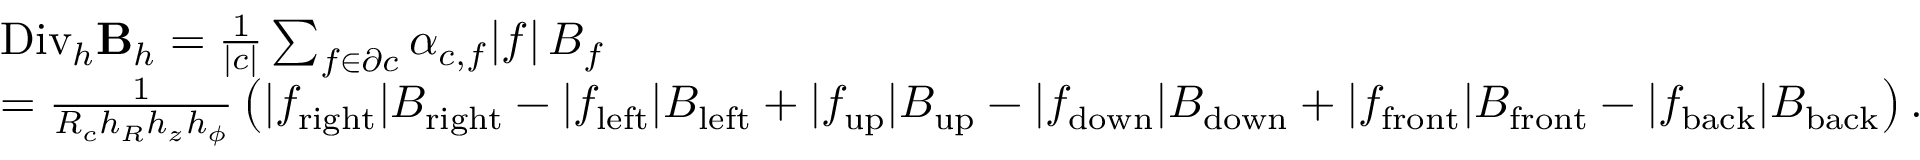
\begin{array} { r l } & { { \mathrm { D i v } _ { h } } \mathbf { B } _ { h } = \frac { 1 } { | c | } \sum _ { f \in \partial c } \alpha _ { c , f } | f | \, B _ { f } } \\ & { = \frac { 1 } { R _ { c } h _ { R } h _ { z } h _ { \phi } } \left( | f _ { \mathrm { r i g h t } } | B _ { \mathrm { r i g h t } } - | f _ { \mathrm { l e f t } } | B _ { \mathrm { l e f t } } + | f _ { \mathrm { u p } } | B _ { \mathrm { u p } } - | f _ { \mathrm { d o w n } } | B _ { \mathrm { d o w n } } + | f _ { \mathrm { f r o n t } } | B _ { \mathrm { f r o n t } } - | f _ { \mathrm { b a c k } } | B _ { \mathrm { b a c k } } \right) . } \end{array}